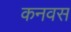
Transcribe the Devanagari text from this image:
कनवस